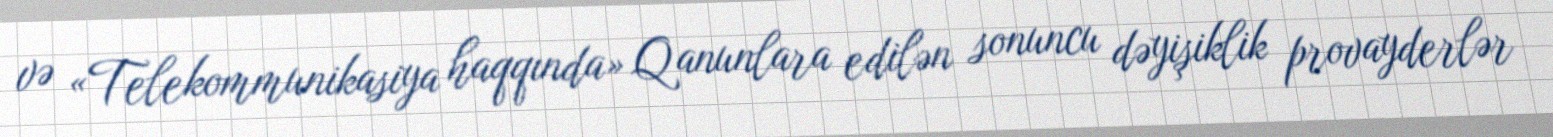
və «Telekommunikasiya haqqında» Qanunlara edilən sonuncu dəyişiklik provayderlər